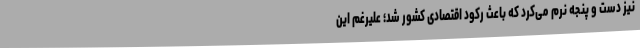
نیز دست و پنجه نرم می‌کرد که باعث رکود اقتصادی کشور شد؛ علیرغم این